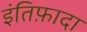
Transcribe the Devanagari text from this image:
इंतिफ़ादा